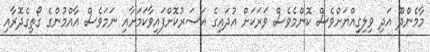
މާމެންދޫ އަދި ވިލިގިއްޔަށްވެސް ކޮންމެވެސް ވަރަކަށް އުދައިގެ އަސަރުކޮށްފައިވާކަމަށާއި ނަމަވެސް އާއްމުންގެ ގޯތިގެދޮރާއި